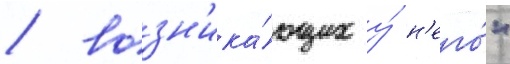
/ возн'ика́ющих у́ н'его́"